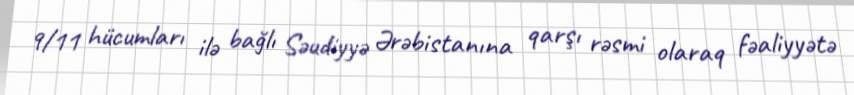
9/11 hücumları ilə bağlı Səudiyyə Ərəbistanına qarşı rəsmi olaraq fəaliyyətə